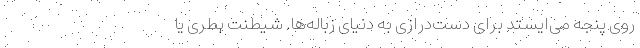
روی پنجه می‌ایستد برای دست‌درازی به دنیای زباله‌ها. شیطنت بطری یا